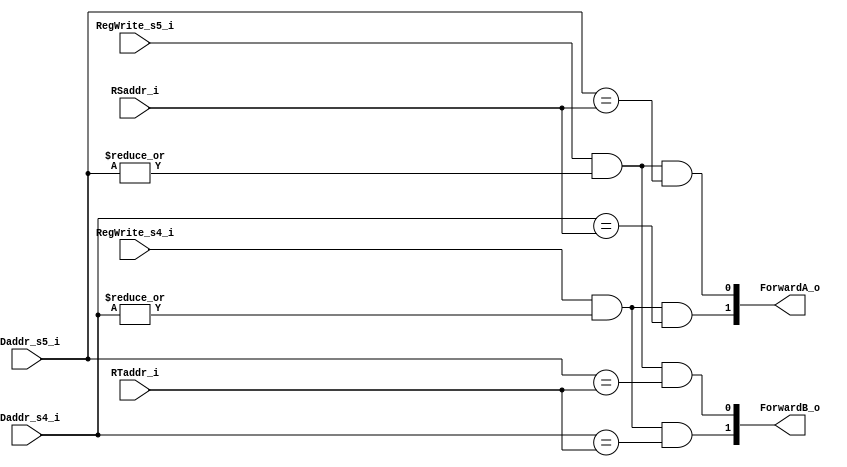

module Forwarding(
	RSaddr_i,
	RTaddr_i,
	RDaddr_s4_i,
	RDaddr_s5_i,
	RegWrite_s4_i,
	RegWrite_s5_i,
	ForwardA_o,
	ForwardB_o
);

// I/O ports
input [4:0] RSaddr_i, RTaddr_i, RDaddr_s4_i, RDaddr_s5_i;
input RegWrite_s4_i, RegWrite_s5_i;
output wire [1:0] ForwardA_o, ForwardB_o;

// EX/MEM is s4, fwd[0]
// MEM/WB is s5, fwd[1]

// Main function
assign ForwardA_o = {RegWrite_s4_i & (|RDaddr_s4_i) & (RDaddr_s4_i == RSaddr_i),
                     RegWrite_s5_i & (|RDaddr_s5_i) & (RDaddr_s5_i == RSaddr_i)};
assign ForwardB_o = {RegWrite_s4_i & (|RDaddr_s4_i) & (RDaddr_s4_i == RTaddr_i),
                     RegWrite_s5_i & (|RDaddr_s5_i) & (RDaddr_s5_i == RTaddr_i)};

endmodule